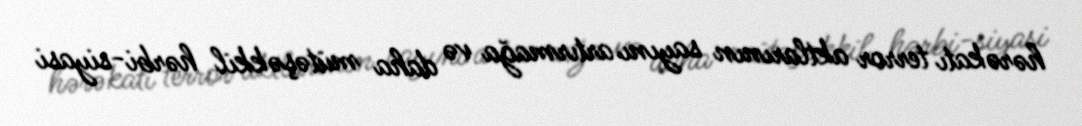
hərəkatı terror aktlarının sayını artırmağa və daha mütəşəkkil hərbi-siyasi